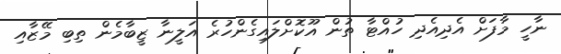
ނާހީ މާފަށް އެދިއެދި ހުއްޓާ ތުން އޫކޮށްލައިގެންހުރެ އަލީނާ ޒީބާމެން ތިބި މޭޒާއި